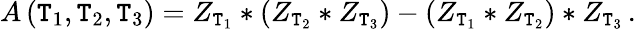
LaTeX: A\, (\mathtt{T}_{1},\mathtt{T}_{2},\mathtt{T}_{3})=Z_{\mathtt{T}_{1}}*(Z_{\mathtt{T}_{2}}*Z_{\mathtt{T}_{3}})-(Z_{\mathtt{T}_{1}}*Z_{\mathtt{T}_{2}})*Z_{\mathtt{T}_{3}}\, .